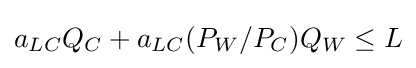
a_{LC}Q_{C}+a_{LC}(P_{W}/P_{C})Q_{W}\leq L